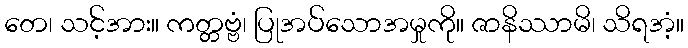
တေ၊ သင့်အား။ ကတ္တဗ္ဗံ၊ ပြုအပ်သောအမှုကို။ ဇာနိဿာမိ၊ သိရအံ့။